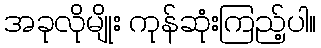
အခုလိုမျိုး ကုန်ဆုံးကြည့်ပါ။